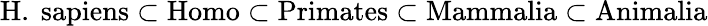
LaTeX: {\mathrm{H.~sapiens}}\subset{\mathrm{Homo}}\subset{\mathrm{Primates}}\subset{\mathrm{Mammalia}}\subset{\mathrm{Animalia}}